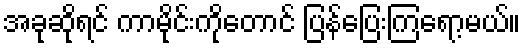
အခုဆိုရင် ကာမိုင်းကိုတောင် ပြန်ပြေးကြရော့မယ်။